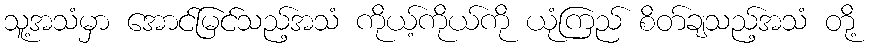
သူ့အသံမှာ အောင်မြင်သည့်အသံ ကိုယ့်ကိုယ်ကို ယုံကြည် စိတ်ချသည့်အသံ တို့